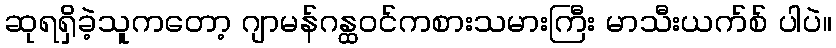
ဆုရရှိခဲ့သူကတော့ ဂျာမန်ဂန္ထဝင်ကစားသမားကြီး မာသီးယက်စ် ပါပဲ။